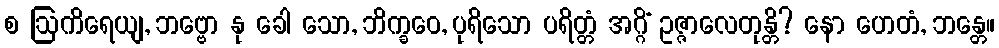
စ ဩကိရေယျ, ဘဗ္ဗော နု ခေါ သော, ဘိက္ခဝေ, ပုရိသော ပရိတ္တံ အဂ္ဂိံ ဥဇ္ဇာလေတုန္တိ? နော ဟေတံ, ဘန္တေ။